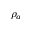
\rho _ { a }